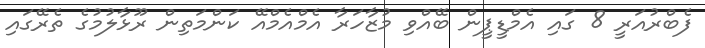
ފެބްރުއަރީ 8 ގައި އެމްޑީޕީން ބޭއްވި މުޒާހަރާ އެމްއެމްއޭ ކަންމަތިން ރޫޅާލުމުގެ ތެރޭގައި